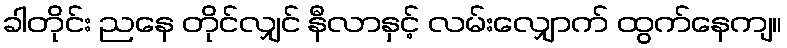
ခါတိုင်း ညနေ တိုင်လျှင် နီလာနှင့် လမ်းလျှောက် ထွက်နေကျ။